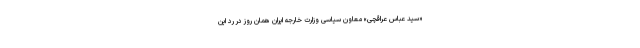
«سید عباس عراقچی» معاون سیاسی وزارت خارجه ایران همان روز در رد این